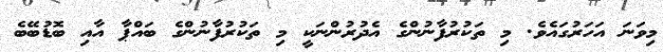
މިވަނަ އަހަރުގައެވެ. މި ތަކުރުފާނުންގެ އެދުރުންނަކީ މި ތަކުރުފާނުންގެ ބައްޕާ އާއި ބޮޑުބޭބެ